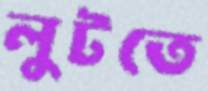
লুটতে